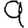
Digit: 9